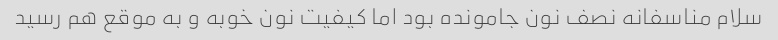
سلام مناسفانه نصف نون جامونده بود اما کیفیت نون خوبه و به موقع هم رسید